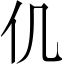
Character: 仉